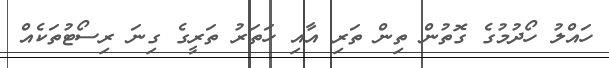
ހައްލު ހޯދުމުގެ ގޮތުން ތިން ތަރި އާއި ހަތަރު ތަރީގެ ގިނަ ރިސޯޓުތަކެއް